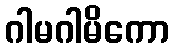
ဂါမဂါမိကော